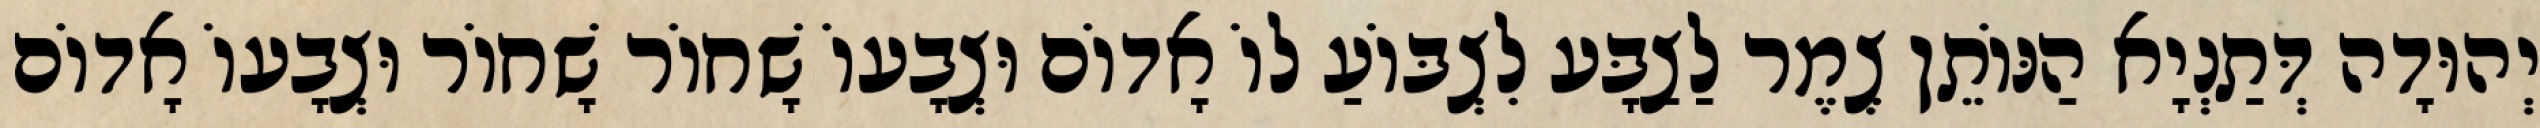
יְהוּדָה דְּתַנְיָא הַנּוֹתֵן צֶמֶר לַצַבָּע לִצְבּוֹעַ לוֹ אָדוֹם וּצְבָעוֹ שָׁחוֹר שָׁחוֹר וּצְבָעוֹ אָדוֹם